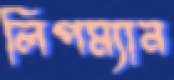
লিপম্যান